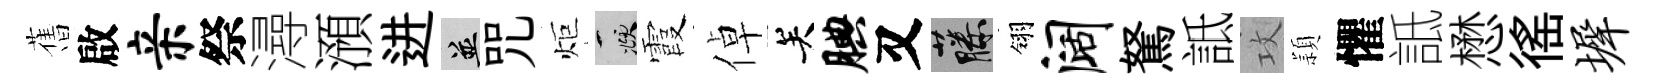
𦾔啟亲祭潯澦进并咒炬頫霞倬关腆又藤翎阔駑詆攻頴懼詆懋徭墀